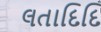
લતાદિદિ